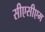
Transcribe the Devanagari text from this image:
सीएसीएम